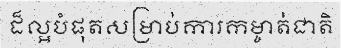
ដ៏ល្អបំផុតសម្រាប់ការកម្ចាត់ជាតិ